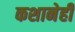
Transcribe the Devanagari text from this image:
कशानेही